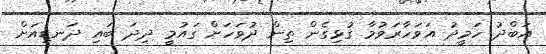
އަބްދު ހަމީދު އަވަހާރަވުމާ ގުޅިގެން ތިން ދުވަހަށް ގައުމީ ދިދަ ބައި ދަނޑިއަށް